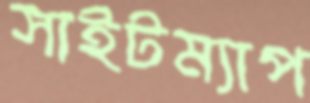
সাইটম্যাপ